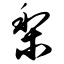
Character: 梨